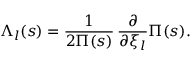
\Lambda _ { l } ( s ) = { \frac { 1 } { 2 \Pi ( s ) } } \, { \frac { \partial } { \partial \xi _ { l } } } \Pi ( s ) .